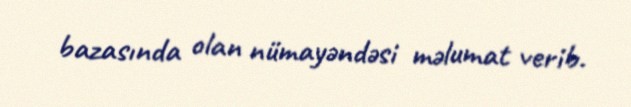
bazasında olan nümayəndəsi məlumat verib.